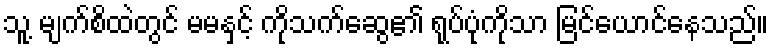
သူ့ မျက်စိထဲတွင် မမနှင့် ကိုသက်ဆွေ၏ ရုပ်ပုံကိုသာ မြင်ယောင်နေသည်။